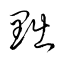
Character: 黜